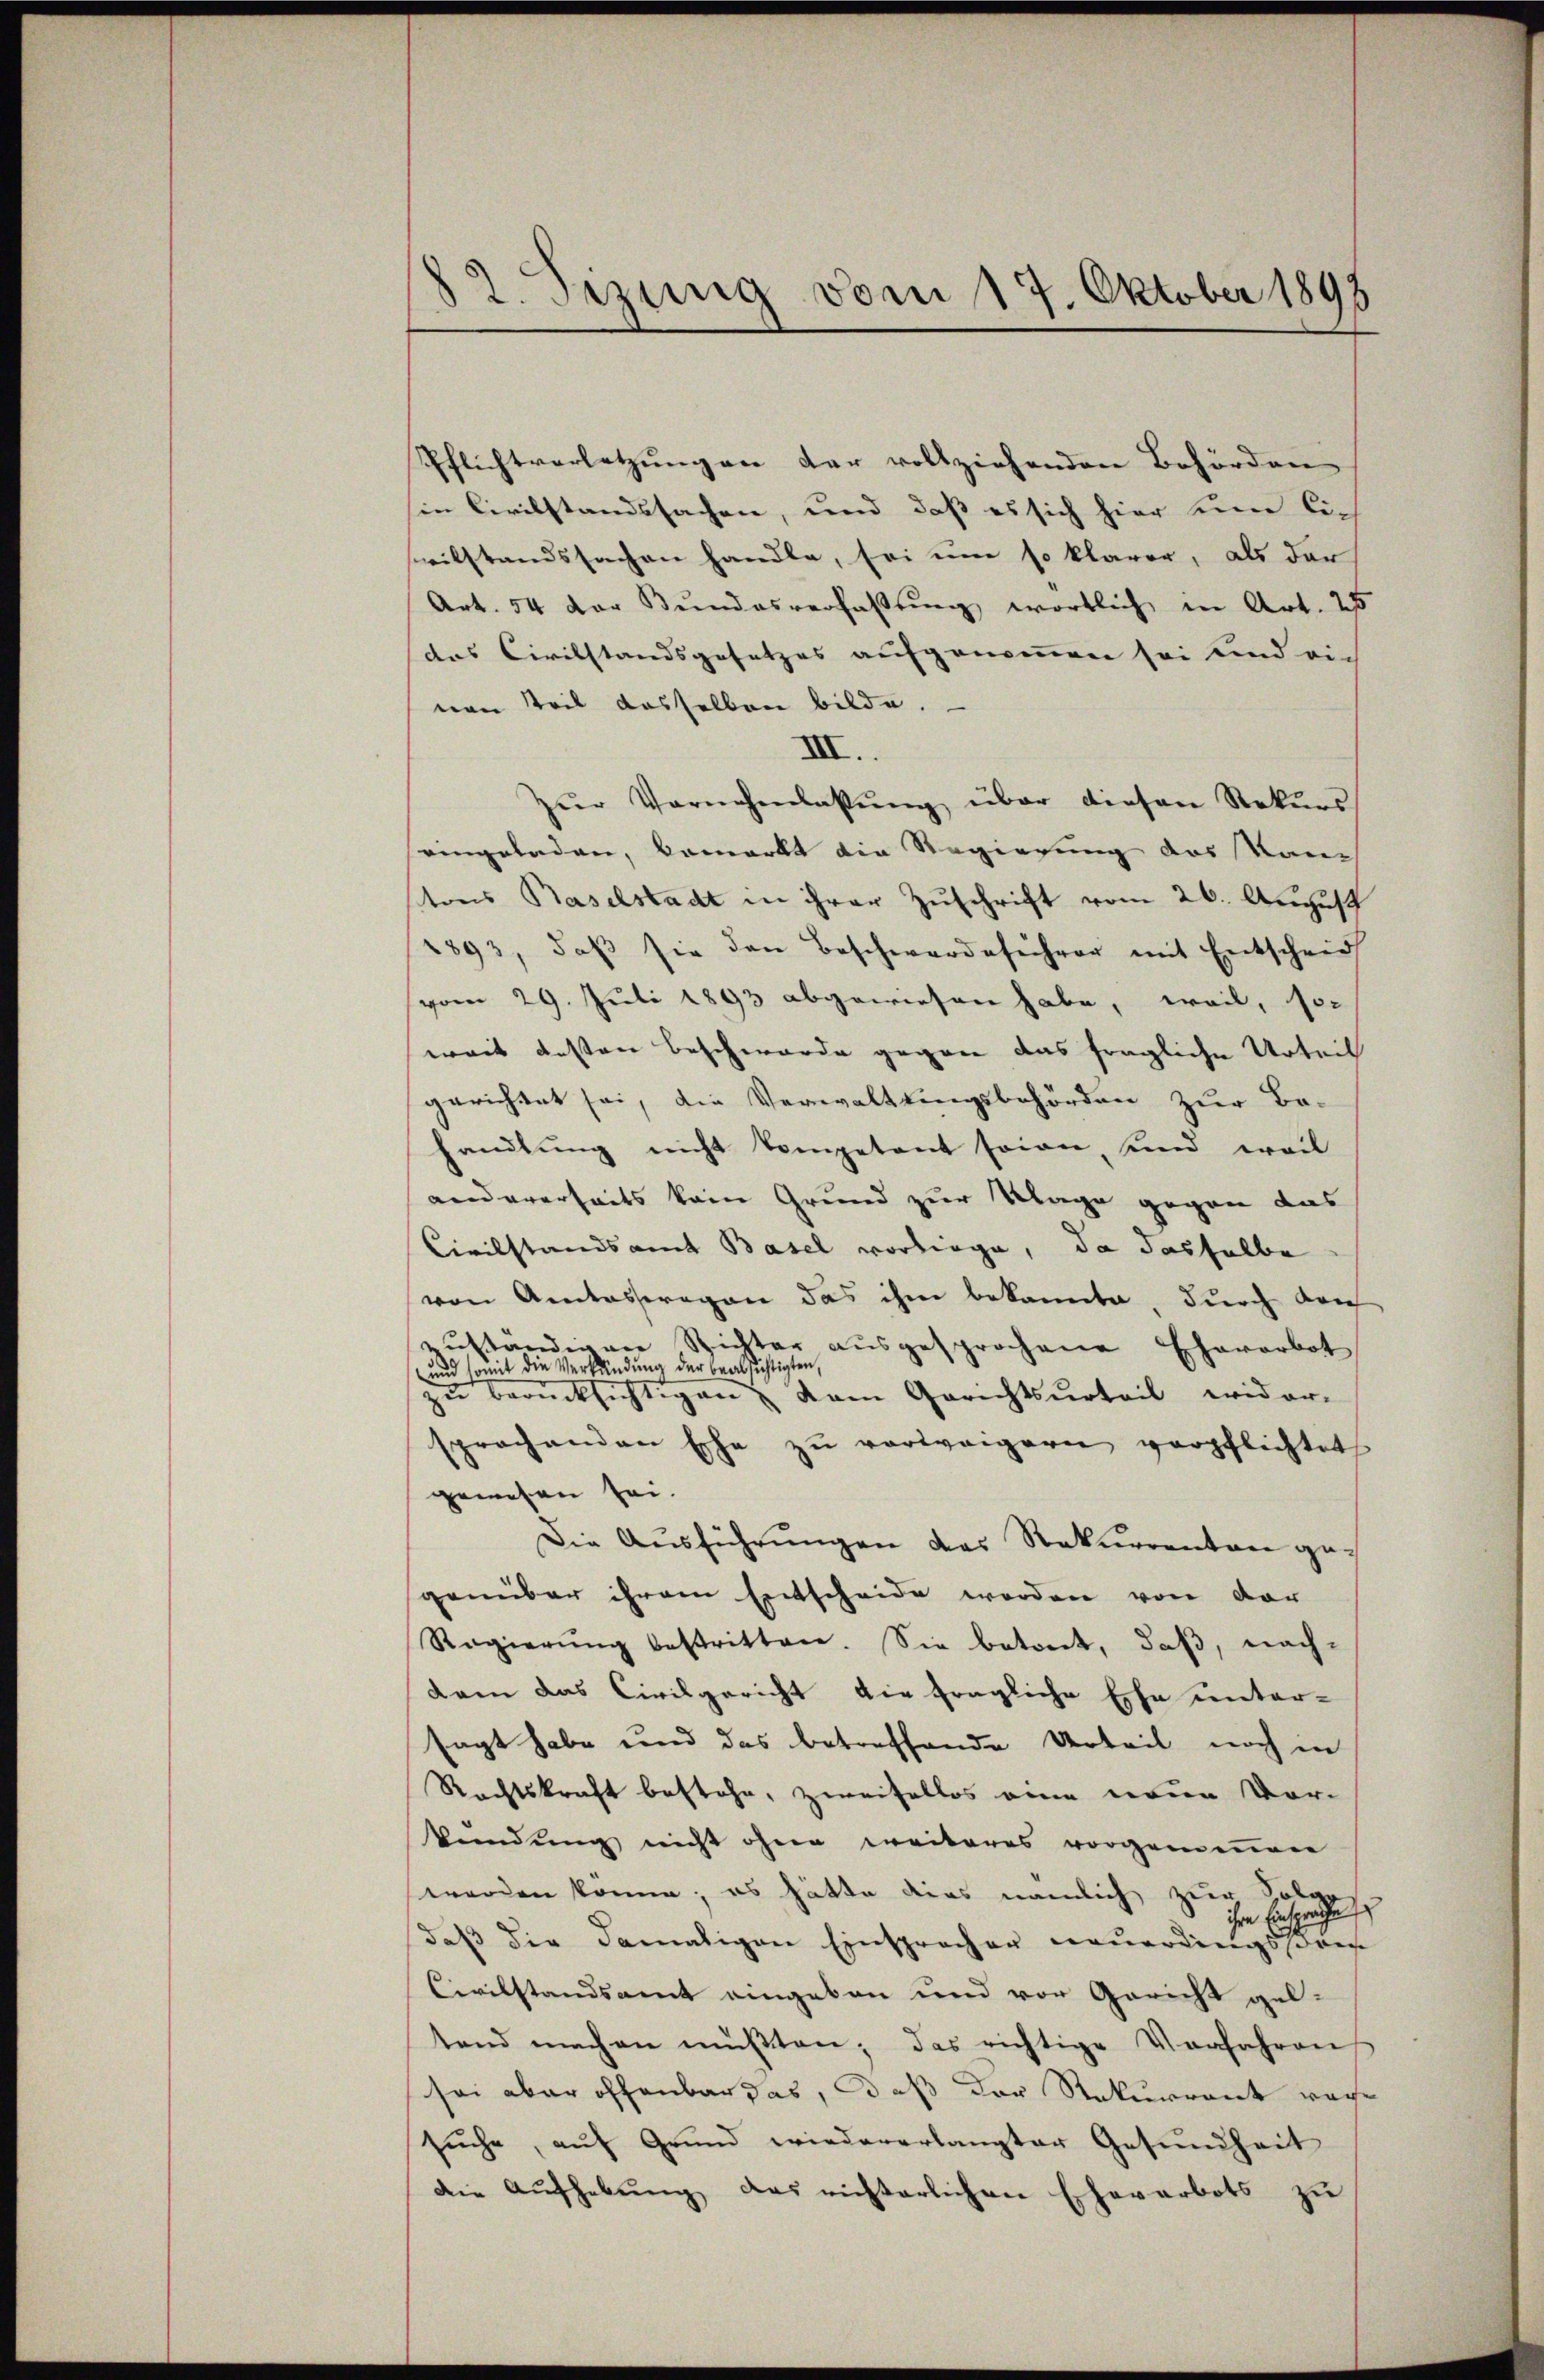
82. Sizung vom 17. Oktober 1893

Pflichtverletzungen der vollziehenden Behörden
in Civilstandssachen, und daß es sich hier um lich
vilstandssachen handle, sei um so klarer, als dar
Art. 54 der Bŭndesverfaßung wörtlich in Art. 25
das Civilstandsgesetzes aufgenommen sei und vie
nen Teil dasselben bilde.
XII.
zŭr Vornehmlassŭng über diesen Rekŭrs
eingeladen, bemerkt die Regierung des Kantons Baselstadt in ihrer Zuschrift vom 26. August
1893, daβ sie den Beschwerdeführer mit Entscheid
vom 29. Juli 1893 abgewiesen habe, weil, so
weit besten Beschwerde gegen das fragliche Urteil
gerichtet sei, die Verwalttingsbehörden zur Be-
handlung nicht kompetent seine, und weil
andererseits kein Grund zur Klage gegen das
Civilstandsamt Basel vorliege, da dasselbe
von Amtesstragen das ihm bekannte, durch den
zŭständigen Richter aŭsgesprochene Eheverbot
und die Verkündung der beabsichtigten,
un berücksichtigen dem Gerichtsurteil wider-
3
sprochenden Ehe zŭ verweigern verpflichtet
gewesen sei.
Die Aŭsführŭngen das Rekurrenten gesgenüber ihrem Entscheide werden von der
Regierŭng bestritten. Sie betreit, daβ nach-
dam das Civilgericht die fragliche Ehe unter-
sagt habe und das betreffende Urteil noch in
Rechtskraft bestehe, zweifellos eine neue Vor-
kündung nicht ohne weiteres vorgenommen
worden könne; es hätte dies nämlich zur Folg
ihre Einsprache
daß die damaligen Einspracher neuerdingssprech
Civilstandsamt eingeben und vor Gericht gel-
tend machen müβten; das richtige Vorfahrens
sei aber offenbar das, daß der Rekurrent reche
sŭche, aŭf Grŭnd wiedererlangter Gesŭndheit
die Aŭfhebŭng das richterlichen Eheverbots zŭ